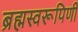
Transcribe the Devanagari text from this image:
ब्रह्मस्वरूपिणी